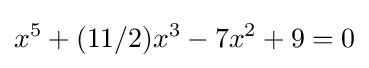
x^{5}+(11/2)x^{3}-7x^{2}+9=0